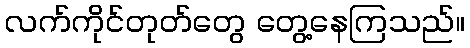
လက်ကိုင်တုတ်တွေ တွေ့နေကြသည်။